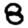
Digit: 8